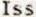
ISS